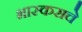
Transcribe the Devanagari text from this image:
भास्कराचे